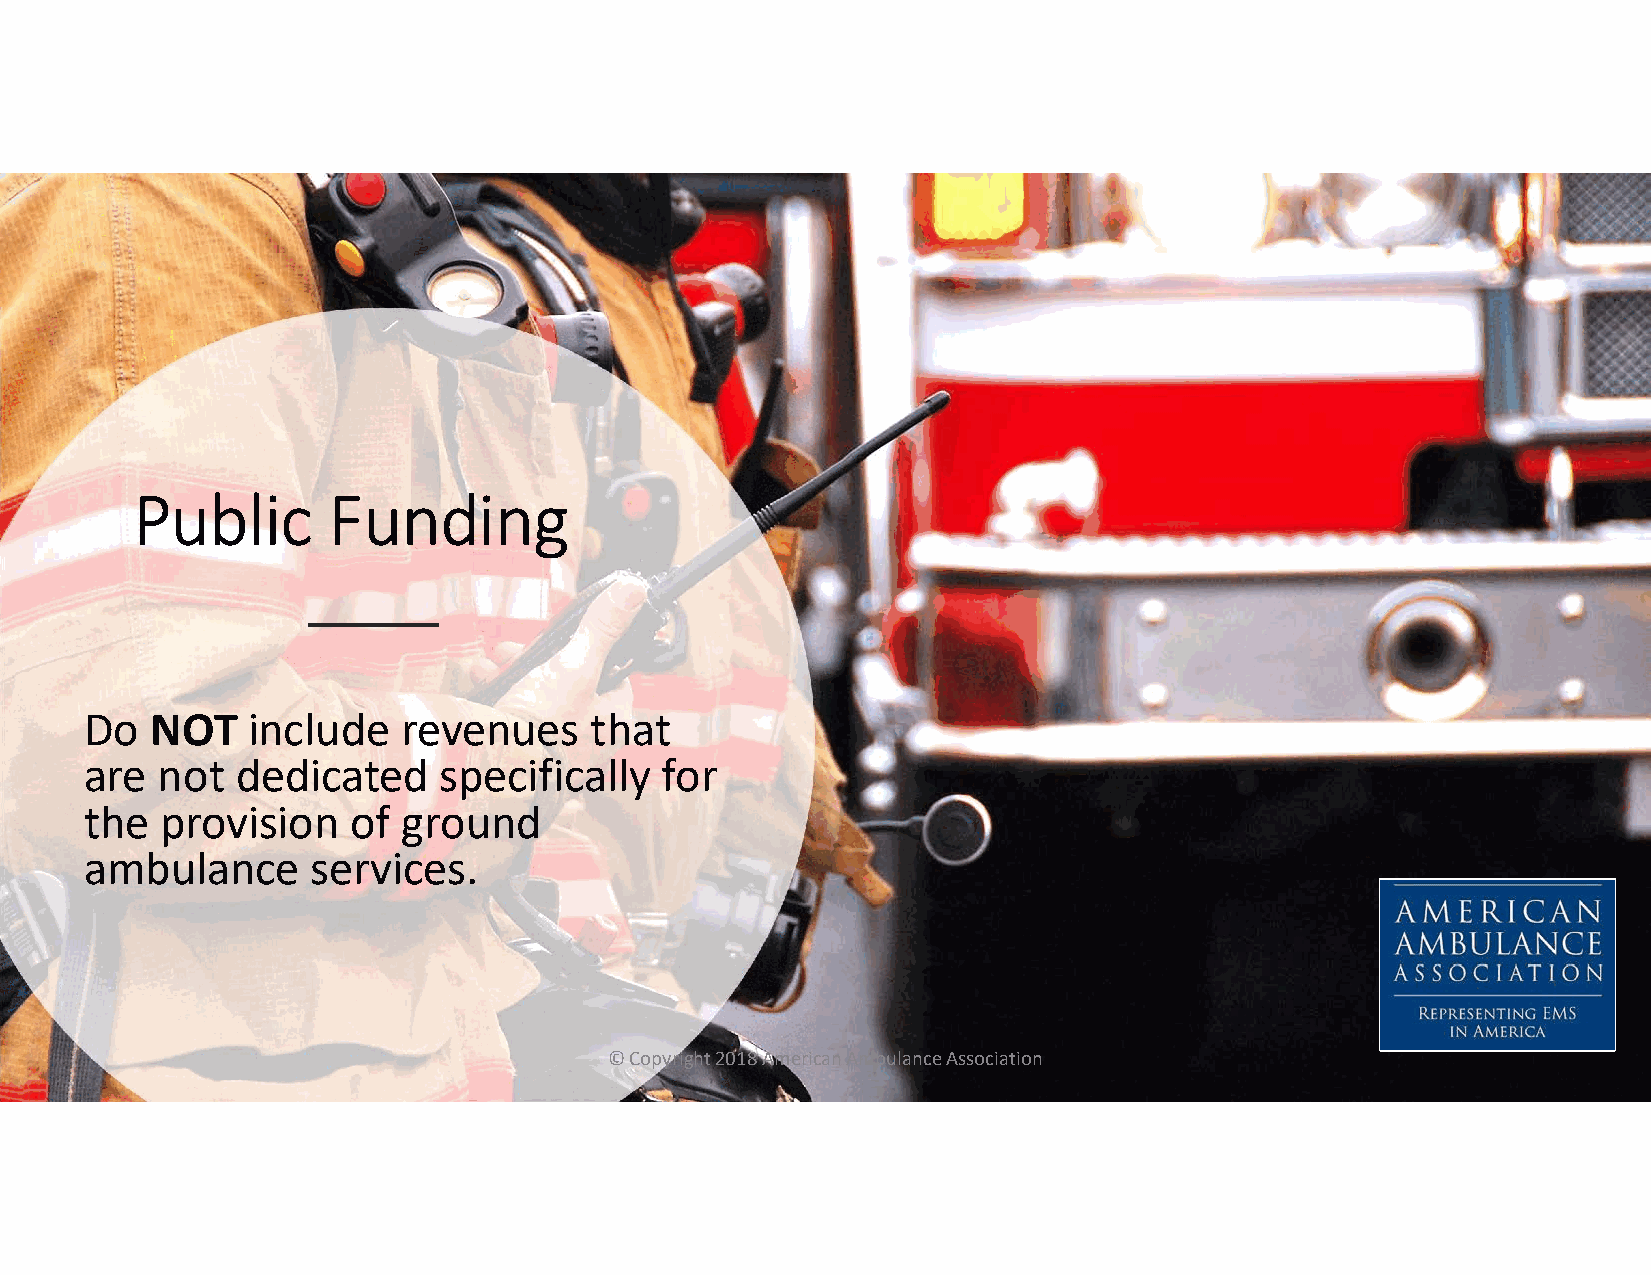
Public       Funding
 Do  NOT   include    revenues    that
 are not   dedicated    specifically   for
 the  provision   of  ground
 ambulance      services.
 © Copyright 2018 American Ambulance Association